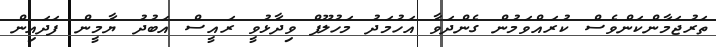
ތަރުޖަމާންކަންވެސް ކުރައްވަމުން ގެންދަވާ އަހުމަދު މަހުލޫފް ވިދާޅުވީ ރައީސް އަބުދު ޔާމީން ފަދައިން